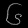
Digit: ၆